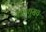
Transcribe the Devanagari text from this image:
नासधूसच